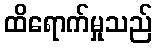
ထိရောက်မှုသည်